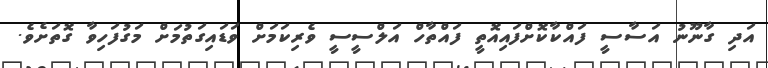
އަދި ގާނޫނު އަސާސީ ފައްކާކޮށްފައިއޮތީ ފައްތާހް އަލްސީސީ ވެރިކަމަށް ވަޑައިގަތުމަށް މަގުފަހިވާ ގޮތަށެވެ.